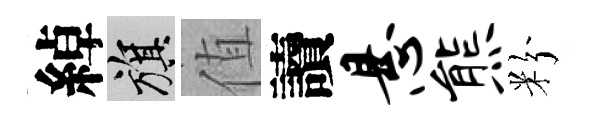
綽旗值讀悬熊粉